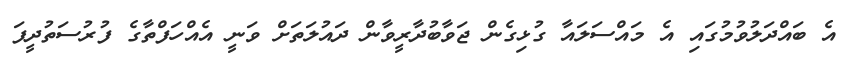
އެ ބައްދަލުވުމުގައި އެ މައްސަލައާ ގުޅިގެން ޖަވާބުދާރީވާން ދައުލަތަށް ވަނީ އެއްހަފްތާގެ ފުރުސަތުދީފަ